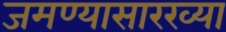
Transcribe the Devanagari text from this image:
जमण्यासारख्या